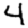
Digit: 4